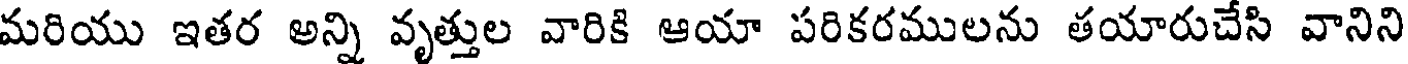
మరియు ఇతర అన్ని వృత్తుల వారికి ఆయా పరికరములను తయారుచేసి వానిని